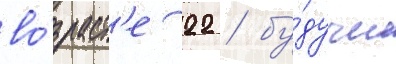
во́зраст'е 22 / бу́дучи